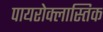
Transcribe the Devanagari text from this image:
पायरोक्लास्तिक